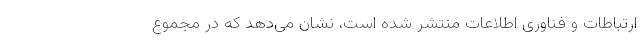
ارتباطات و فناوری اطلاعات منتشر شده است، نشان می‌دهد که در مجموع